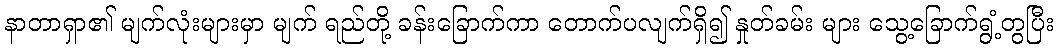
နာတာရှာ၏ မျက်လုံးများမှာ မျက် ရည်တို့ ခန်းခြောက်ကာ တောက်ပလျက်ရှိ၍ နှုတ်ခမ်း များ သွေ့ခြောက်ရွံ့တွပြီး